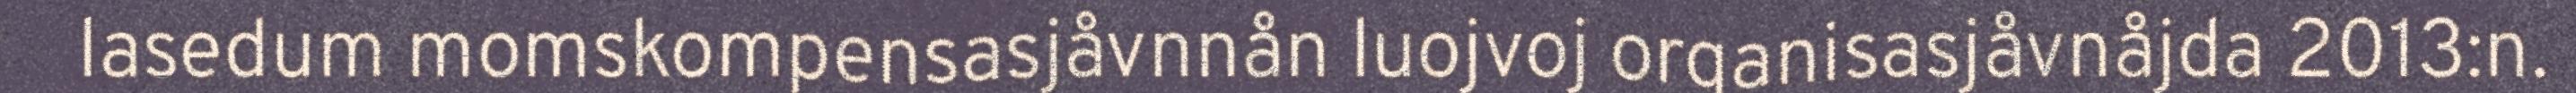
lasedum momskompensasjåvnnån luojvoj organisasjåvnåjda 2013:n.